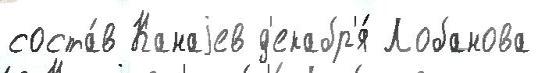
соста́в Канаjев д'екабр'я́ Лобанова